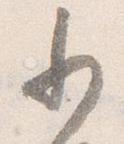
少